Report of the Imperial Institute of Veterinary Research, Muktesar
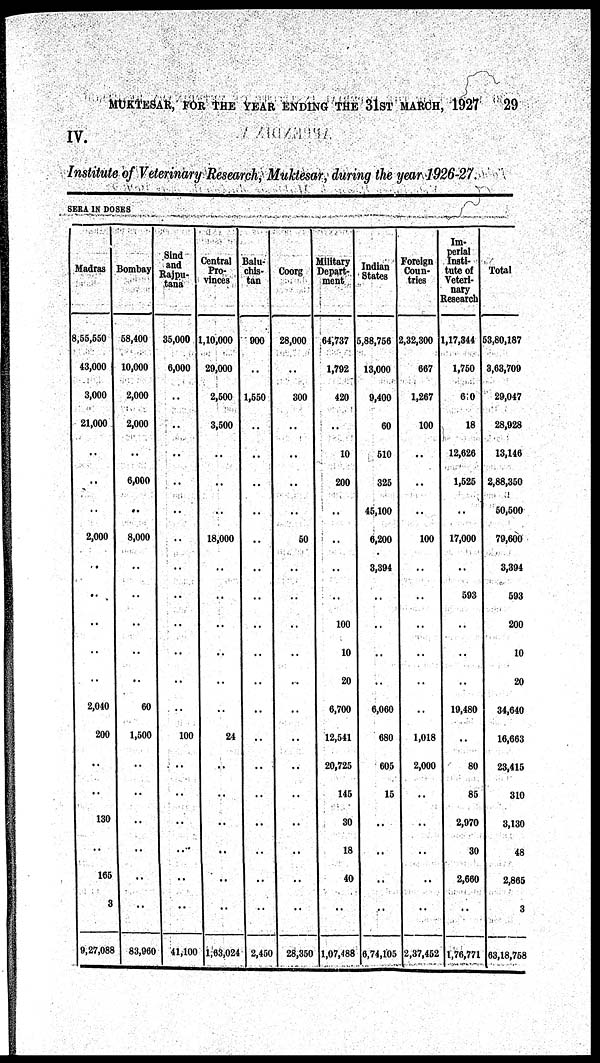
MUKTESAR, FOR THE YEAR ENDING THE 31ST MARCH, 1927
29
IV.
Institute of Veterinary Research, Muktesar, during the year 1926-27.
SERA IN DOSES
Madras
8,55,550
43,000
3,000
21,000
..
2,000
..
2,040
200
130
165
3
9,27,088
Bombay
58,400
10,000
2,000
2,000
..
6,000
8,000
..
60
1,500
..
..
..
..
83,960
Sind
and
Rajpu-
tana
35,000
6,000
..
..
..
..
..
..
100
..
..
..
41,100
Central
Pro-
vinces
1,10,000
29,000
2,500
3,500
..
18,000
..
..
24
..
..
..
1,63,024
Balu-
chis-
tan
900
..
1,550
..
..
..
..
..
..
..
..
..
..
2,450
Coorg
28,000
..
300
..
..
50
..
..
..
..
..
..
..
28,350
Military
Depart-
ment
64,737
1,792
420
..
10
200
..
100
10
20
6,700
12,541
20,725
145
30
18
40
..
1,07,488
Indian
States
5,88,756
13,000
9,400
60
510
325
45,100
6,200
3,394
..
6,060
680
605
15
..
..
..
..
6,74,105
Foreign
Coun-
tries
2,32,300
667
1,267
100
..
100
..
..
1,018
2,000
..
..
..
..
2,37,452
Im-
perial
Insti-
tute of
Veteri-
nary
Research
1,17,344
1,750
610
18
12,626
1,525
17,000
593
19,480
..
80
85
2,970
30
2,660
..
1,76,771
Total
53,80,187
3,63,709
29,047
28,928
13,146
2,88,350
50,500
79,600
3,394
593
200
10
20
34,640
16,663
23,415
310
3,130
48
2,865
3
63,18,758